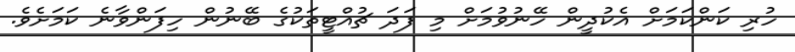
ހުރި ކަންކަމަށް އެކުދީން ހޭނުވުމަށް މި ފަދަ ޗުއްޓީތަކުގެ ބޭނުން ހިފަންވާނެ ކަމަށެވެ.